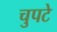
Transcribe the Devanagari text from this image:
चुपटे